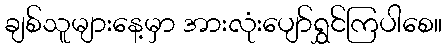
ချစ်သူများနေ့မှာ အားလုံးပျော်ရွှင်ကြပါစေ။